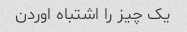
یک چیز را اشتباه اوردن